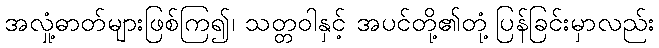
အလှုံ့ဓာတ်များဖြစ်ကြ၍၊ သတ္တဝါနှင့် အပင်တို့၏တုံ့ပြန်ခြင်းမှာလည်း